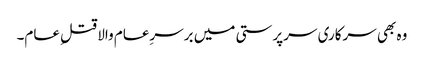
وہ بھی سرکاری سرپرستی میں برسرِعام والا قتلِ عام۔